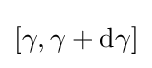
[\gamma ,\gamma +\mathrm {d} \gamma ]